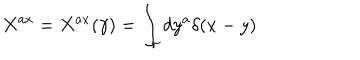
X ^ { a x } = X ^ { a x } ( \gamma ) = \int _ { \gamma } d y ^ { a } \delta ( x - y )